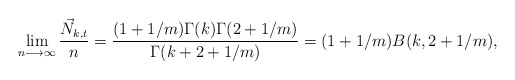
\begin{align*}\lim_{n\longrightarrow\infty} \frac{\vec N_{k,t}}{n} =\frac{(1+1/m)\Gamma(k)\Gamma(2+1/m)}{\Gamma(k + 2 + 1/m)}=(1 + 1/m)B(k, 2 + 1/m),\end{align*}